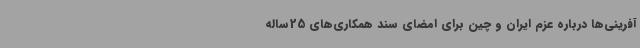
آفرینی‌ها درباره عزم ایران و چین برای امضای سند همکاری‌های 25ساله